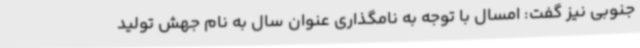
جنوبی نیز گفت: امسال با توجه به نامگذاری عنوان سال به نام جهش تولید